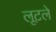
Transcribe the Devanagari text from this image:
लूटले